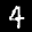
Label: 4